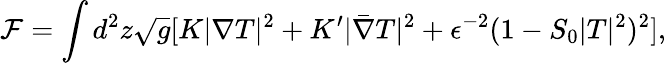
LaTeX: \mathcal{F}=\int d^{2}z\sqrt{g}[K|\nabla T|^{2}+K^{\prime}|\bar{\nabla}T|^{2}+\epsilon^{-2}(1-S_{0}|T|^{2})^{2}],